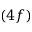
( 4 f )